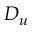
D _ { u }